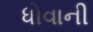
ધોવાની